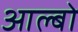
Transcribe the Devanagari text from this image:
आल्बो